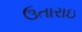
ઉતારાઇ